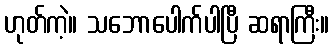
ဟုတ်ကဲ့။ သဘောပေါက်ပါပြီ ဆရာကြီး။